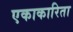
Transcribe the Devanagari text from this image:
एकाकारिता